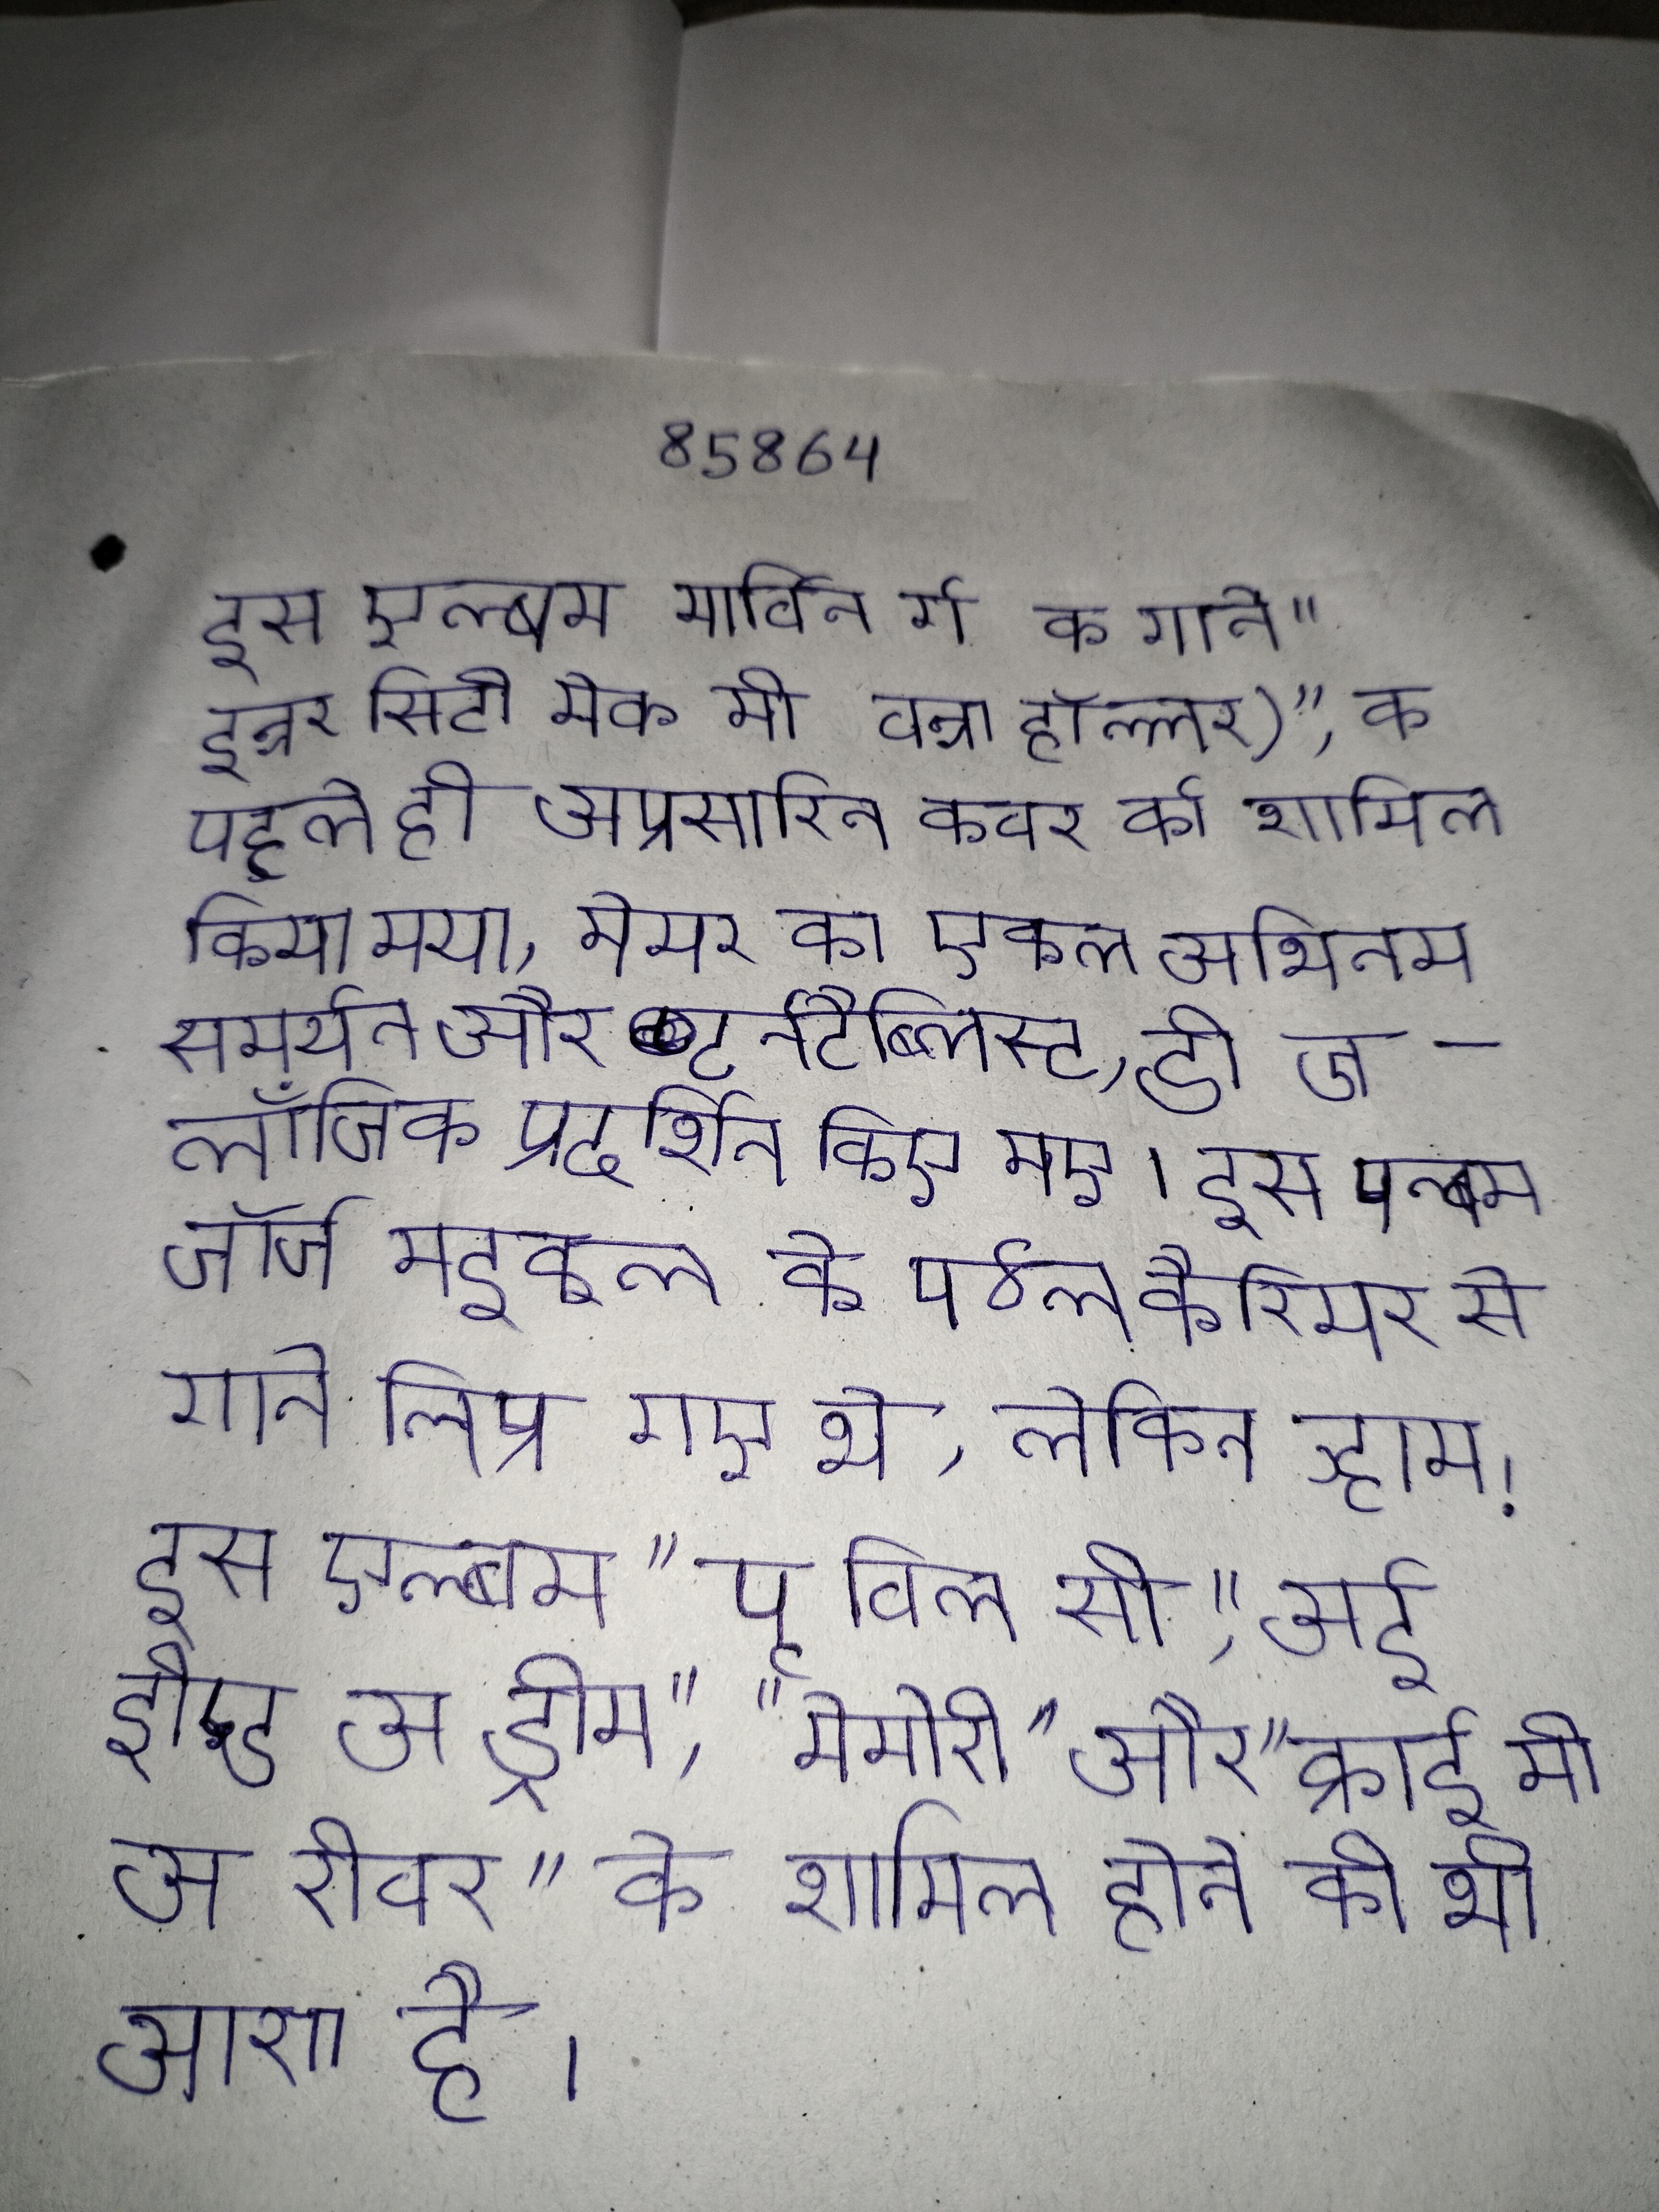
इस एल्बम मार्विन गे के गाने "इन्नर सिटी (मेक मी वन्ना हॉल्लर)", के पहले ही अप्रसारित कवर को शामिल किया गया, मेयर का एकल अभिनय समर्थन और टर्नटैब्लिस्ट, डी जे लॉजिक प्रदर्शित किए गए । इस एल्बम जॉर्ज माइकल के एकल कैरियर से गाने लिए गए थे, लेकिन व्हाम! इस एल्बम "यू विल सी", "आई ड्रीम्ड अ ड्रीम", "मेमोरी" और "क्राई मी अ रीवर" के शामिल होने की भी आशा है ।